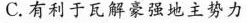
C.有利于瓦解豪强地主势力